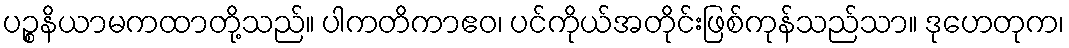
ပဉ္စနိယာမကထာတို့သည်။ ပါကတိကာဧဝ၊ ပင်ကိုယ်အတိုင်းဖြစ်ကုန်သည်သာ။ ဒုဟေတုက၊